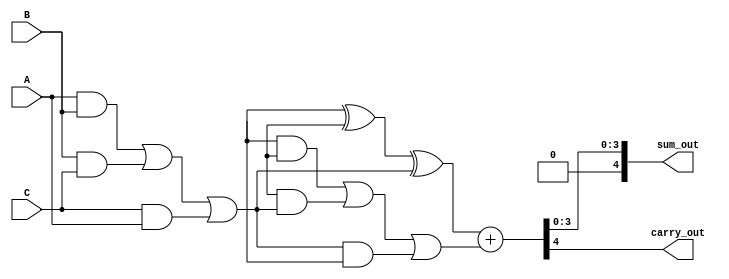
module carry_save_adder (
    input [3:0] A,
    input [3:0] B,
    input [3:0] C,
    output [4:0] sum_out,  // Final sum output (5 bits to accommodate carry)
    output carry_out        // Final carry output
);

    // Intermediate signals for partial sums and carries
    wire [3:0] partial_sum;
    wire [3:0] carry;

    // Compute partial sum and carry for the first stage
    assign partial_sum = A ^ B ^ C; // XOR for partial sum
    assign carry = (A & B) | (B & C) | (C & A); // OR of ANDs for carry

    // Second stage inputs (for demonstration, we assume another set of inputs)
    wire [3:0] D, E, F; // Additional inputs for the reduction tree
    wire [3:0] partial_sum2;
    wire [3:0] carry2;

    // Compute partial sum and carry for the second stage
    assign partial_sum2 = D ^ E ^ carry; // Using carry from first stage
    assign carry2 = (D & E) | (E & carry) | (carry & D); // Carry for second stage

    // Final stage: Combine the last partial sum and carry
    wire [4:0] final_sum;
    wire final_carry;

    assign final_sum = {1'b0, partial_sum2} + {1'b0, carry2}; // Add partial sum and carry
    assign carry_out = final_sum[4]; // Final carry output
    assign sum_out = final_sum[3:0]; // Final sum output

endmodule